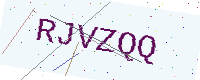
Text: RJVZQQ